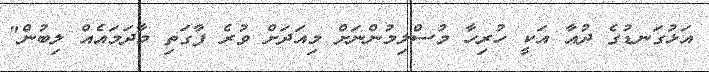
އަޅުގަނޑުގެ ދުއާ އަކީ ހުރިހާ މުސްލިމުންނަށް މިއަދަށް ވުރެ ފާގަތި މާދަމައެއް ލިބުން"